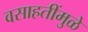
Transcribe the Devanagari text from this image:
वसाहतींमुळे